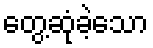
တွေ့ဆုံခဲ့သော